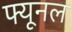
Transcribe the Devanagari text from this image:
फ्यूनल